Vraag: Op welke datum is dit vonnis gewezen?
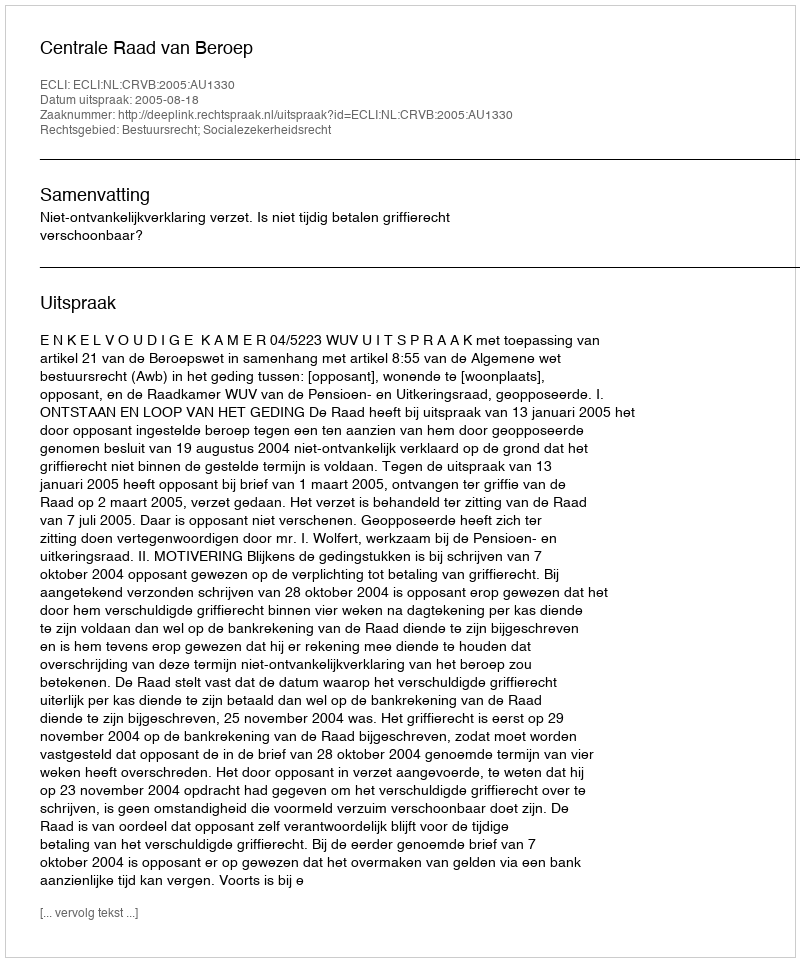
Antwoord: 2005-08-18